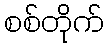
စစ်တိုက်